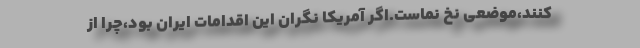
کنند،موضعی نخ نماست.اگر آمریکا نگران این اقدامات ایران بود،چرا از